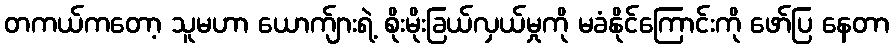
တကယ်ကတော့ သူမဟာ ယောက်ျားရဲ့ စိုးမိုးခြယ်လှယ်မှုကို မခံနိုင်ကြောင်းကို ဖော်ပြ နေတာ